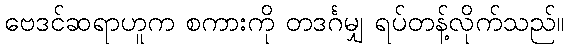
ဗေဒင်ဆရာဟူက စကားကို တဒင်္ဂမျှ ရပ်တန့်လိုက်သည်။